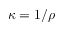
\kappa = 1 / \rho